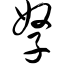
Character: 孥